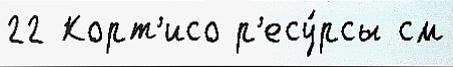
22 Корт'исо р'есу́рсы см